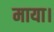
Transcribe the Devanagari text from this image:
माया।